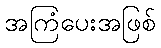
အကြံပေးအဖြစ်